Lunatic asylums in Bengal annual reports 1912-1924 - 1912-1924
Year: 1912
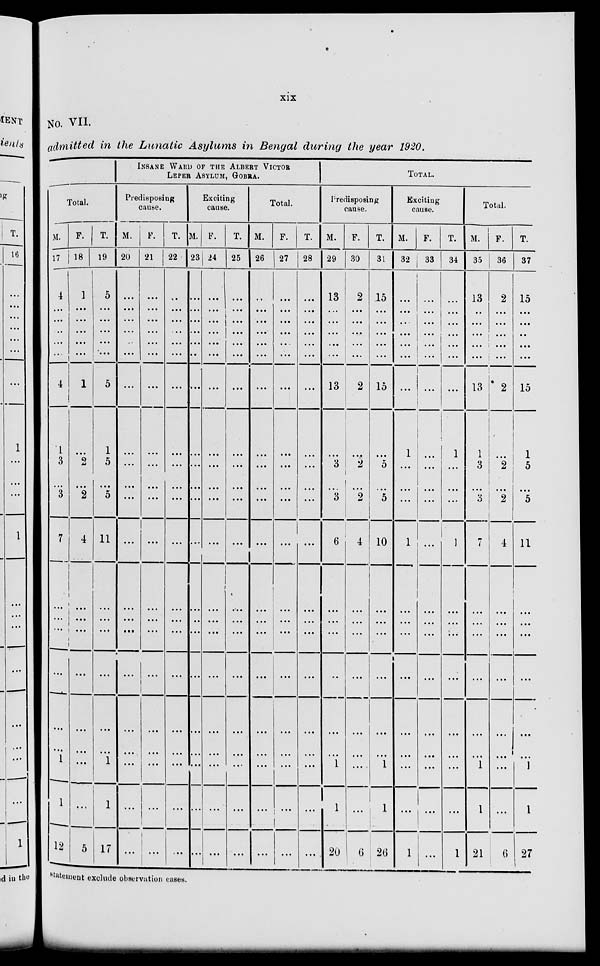
xix
No. VII.
admitted in the Lunatic Asylums in Bengal during the year 1920.
Total.
M.
17
4
...
...
...
...
...
4
1
3
...
3
7
...
...
...
...
...
...
1
1
12
F.
18
1
...
...
...
...
...
1
...
2
...
2
4
...
...
...
...
...
...
...
...
5
T.
19
5
...
...
...
...
...
5
1
5
...
5
11
...
...
...
...
...
...
1
1
17
INSANE WARD OF THE ALBERT VICTOR
LEPER ASYLUM, GOBRA.
Predisposing
cause.
M.
20
...
...
...
...
...
...
...
...
...
...
...
...
...
...
...
...
...
...
...
...
...
F.
21
...
...
...
...
...
...
...
...
...
...
...
...
...
...
...
...
...
...
...
...
...
T.
22
...
...
...
...
...
...
...
...
...
...
...
...
...
...
...
...
...
...
...
...
...
Exciting
cause.
M.
23
...
...
...
...
...
...
...
...
...
...
...
...
..
...
...
...
...
...
..
..
F.
24
...
...
...
...
...
...
...
...
...
...
...
...
...
...
...
...
...
...
...
...
...
T.
25
...
...
...
...
...
...
...
...
...
...
...
...
...
...
...
...
...
...
...
...
...
Total.
M.
26
...
...
...
...
...
...
...
...
...
...
...
...
...
...
...
...
...
...
...
...
...
F.
27
...
...
...
...
...
...
...
...
...
...
...
...
...
...
...
...
...
...
...
...
...
T.
28
...
...
...
...
...
...
...
...
...
...
...
...
...
...
...
...
...
...
...
...
...
TOTAL.
Predisposing
cause.
M.
29
13
...
...
...
...
...
13
...
3
...
3
6
...
...
...
...
...
...
1
1
20
F.
30
2
...
...
...
...
...
2
...
2
...
2
4
...
...
...
...
...
...
...
...
6
T.
31
15
...
...
...
...
...
15
...
5
...
5
10
...
...
...
...
...
...
1
1
26
Exciting
cause.
M.
32
...
...
...
...
...
...
...
1
...
...
...
1
...
...
...
...
...
...
...
...
1
F.
33
...
...
...
... ...
...
...
...
...
...
...
...
...
...
...
...
...
...
...
...
...
T.
34
...
...
...
...
...
...
...
1
...
...
...
1
...
...
...
...
...
...
...
...
1
Total.
M.
35
13
...
...
...
...
...
13
1
3
...
3
7
...
...
...
...
...
...
1
1
21
F.
36
2
...
...
...
...
...
2
...
2
...
2
4
...
...
...
...
...
...
...
...
6
T.
37
15
...
...
...
...
...
15
1
5
...
5
11
...
...
...
...
...
...
]
1
27
Statement exclude observation cases.